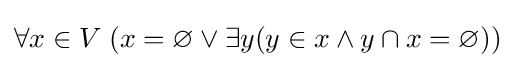
\forall x\in V\;(x=\varnothing \lor \exists y(y\in x\land y\cap x=\varnothing ))